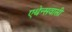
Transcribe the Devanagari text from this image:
एथेन्सवासी